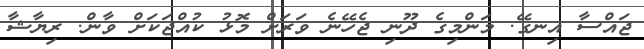
ޖައްސާ އިނގޭ. މަންމިގެ ދޫނި ޖެހޭނެ ވަރަށް މޮޅު ކުއްޖަކަށް ވާން. ރިޔާޝާ